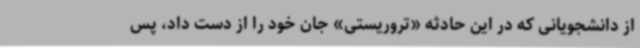
از دانشجویانی که در این حادثه «تروریستی» جان خود را از دست داد، پس